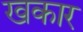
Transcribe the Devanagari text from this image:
खकार